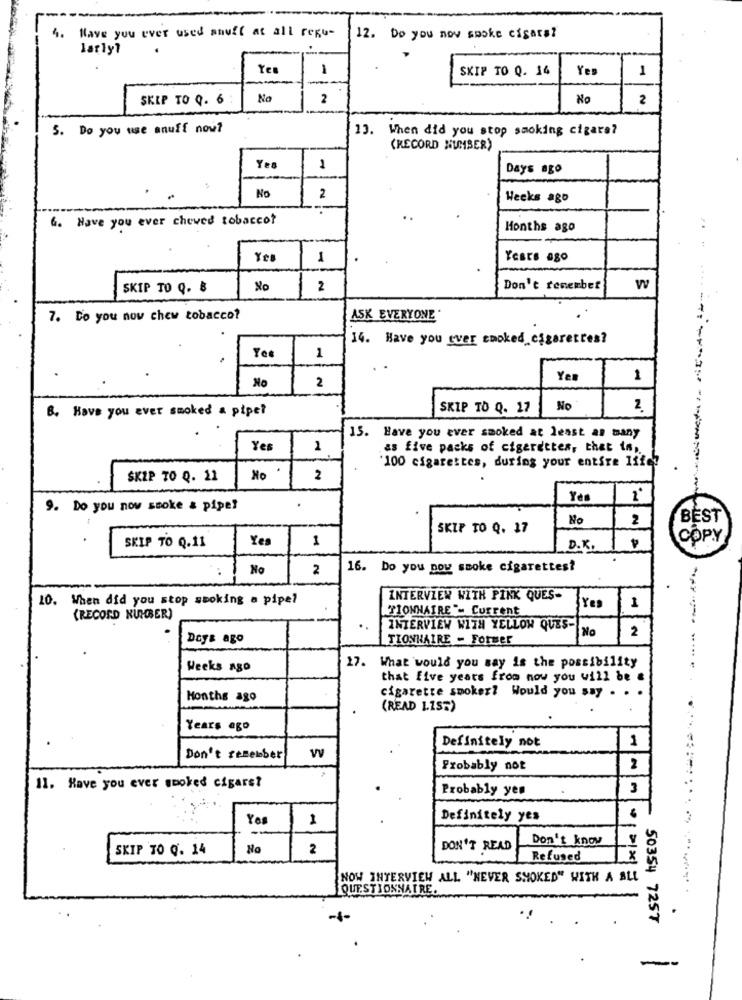
4.
Have you ever used shuff at all regu-
12. Do you nov smoke cigars?
larly?
Yes
1
SKIP TO Q. 14
Yes
1
SKIP TO 0. 6 :
No
2
No
2
5. Do you use anuff now?
13. When did you stop smoking cigars?
(RECORD NUMBER)
Ye
1
Days ago
No
2
Weeks ago
6. Have you ever chewed tobacco?
Months ago
...
1
Years ago
SKIP TO Q. B
No
2
Don't remember
W
7. Do you now chew tobacco?
ASK EVERYONE
14. Have you ever smoked cigarettes?
1
No
2
Yer
1
B. Have you ever smoked a pipe?
SKIP TO Q. 17
No
2.
13. Have you ever smoked at least as many
Ye
1
as five packs of cigarettes, that is,
100 cigarettes, during your entire 11fc?
SKIP TO Q. 11
No
2
Yes
9. Do you now smoke & pipe?
.
No
BEST
SKIP TO Q. 17
Yes
COPY
SKIP TO Q.11
D.K.
NP
No
2
16. Do you pow smoke cigarettes?
10. When did you stop smoking a pipe?
INTERVIEW WITH PINK QUES-
¿Yes
TIONNAIRE'- Current
1
(RECORD NUMBER)
. .
INTERVIEW WITH YELLOW QUES-
No
2
Days ago
TIONNAIRE - Former
17. What would you say is the possibility
Weeks ago
that five years from now you will be
cigarette smoker? Would you say . .
Months ago
(READ 1.157)
Years ago
1
Definitely not
Don't remember
Probably not
2
11. Have you ever smoked cigars?
Probably yen
3
Yes
1
Definitely yes
--
Don't know
SKIP TO Q. 14
No
2
DON'T READ
Refused
x
NOW INTERVIEW ALL "NEVER SMOKED" WITH A ALL
QUESTIONNAIRE.
50354 7257
--